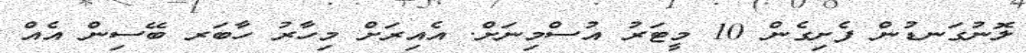
ލޮނުގަނޑުން ފެށިގެން 10 މީޓަރު އުސްމިނަށް. އެއިރަށް މިހާރު ހާބަރ ބޭސިން އެއް